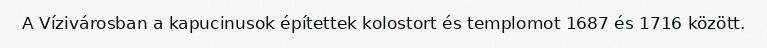
A Vízivárosban a kapucinusok építettek kolostort és templomot 1687 és 1716 között.